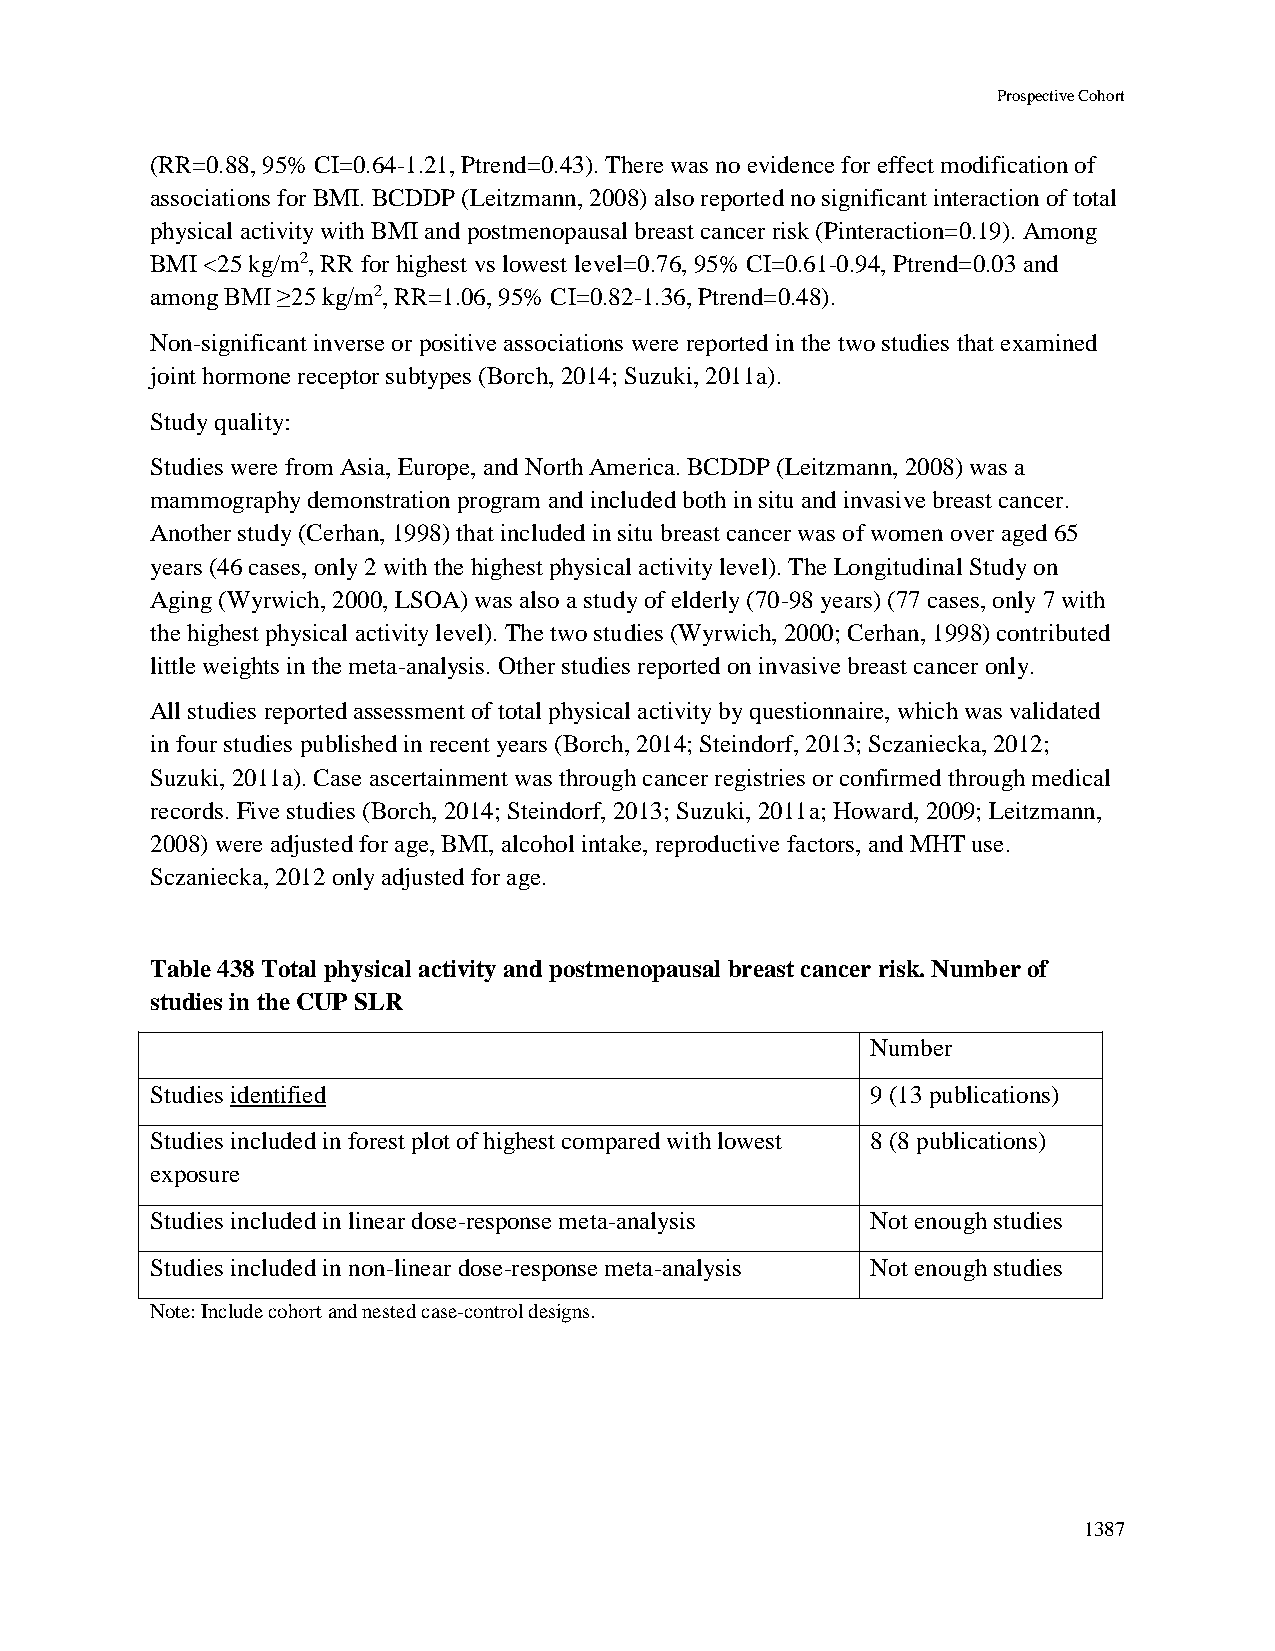
Prospective Cohort
 (RR=0.88, 95% CI=0.64-1.21, Ptrend=0.43). There was no evidence for effect modification of
 associations for BMI. BCDDP (Leitzmann, 2008) also reported no significant interaction of total
 physical activity with BMI and postmenopausal breast cancer risk (Pinteraction=0.19). Among
 BMI <25 kg/m2, RR for highest vs lowest level=0.76, 95% CI=0.61-0.94, Ptrend=0.03 and
 among BMI ≥25 kg/m2, RR=1.06, 95% CI=0.82-1.36, Ptrend=0.48).
 Non-significant inverse or positive associations were reported in the two studies that examined
 joint hormone receptor subtypes (Borch, 2014; Suzuki, 2011a).
 Study quality:
 Studies were from Asia, Europe, and North America. BCDDP (Leitzmann, 2008) was a
 mammography demonstration program and included both in situ and invasive breast cancer.
 Another study (Cerhan, 1998) that included in situ breast cancer was of women over aged 65
 years (46 cases, only 2 with the highest physical activity level). The Longitudinal Study on
 Aging (Wyrwich, 2000, LSOA) was also a study of elderly (70-98 years) (77 cases, only 7 with
 the highest physical activity level). The two studies (Wyrwich, 2000; Cerhan, 1998) contributed
 little weights in the meta-analysis. Other studies reported on invasive breast cancer only.
 All studies reported assessment of total physical activity by questionnaire, which was validated
 in four studies published in recent years (Borch, 2014; Steindorf, 2013; Sczaniecka, 2012;
 Suzuki, 2011a). Case ascertainment was through cancer registries or confirmed through medical
 records. Five studies (Borch, 2014; Steindorf, 2013; Suzuki, 2011a; Howard, 2009; Leitzmann,
 2008) were adjusted for age, BMI, alcohol intake, reproductive factors, and MHT use.
 Sczaniecka, 2012 only adjusted for age.
 Table 438 Total physical activity and postmenopausal breast cancer risk. Number of
 studies in the CUP SLR
 Number
 Studies identified                              9 (13 publications)
 Studies included in forest plot of highest compared with lowest 8 (8 publications)
 exposure
 Studies included in linear dose-response meta-analysis Not enough studies
 Studies included in non-linear dose-response meta-analysis Not enough studies
 Note: Include cohort and nested case-control designs.
 1387